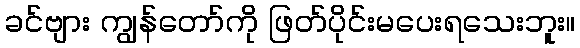
ခင်ဗျား ကျွန်တော်ကို ဖြတ်ပိုင်းမပေးရသေးဘူး။